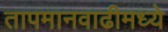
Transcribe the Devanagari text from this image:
तापमानवाढीमध्ये